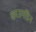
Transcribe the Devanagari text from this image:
काउमडिन